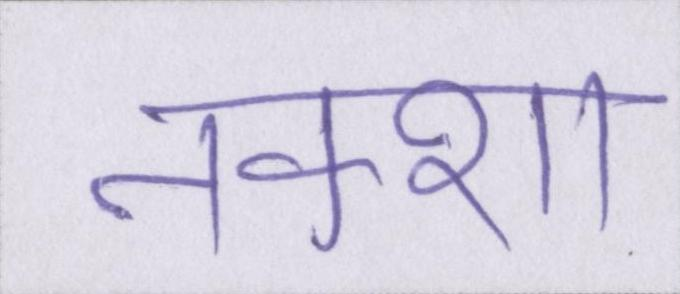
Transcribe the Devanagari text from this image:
नक्शा